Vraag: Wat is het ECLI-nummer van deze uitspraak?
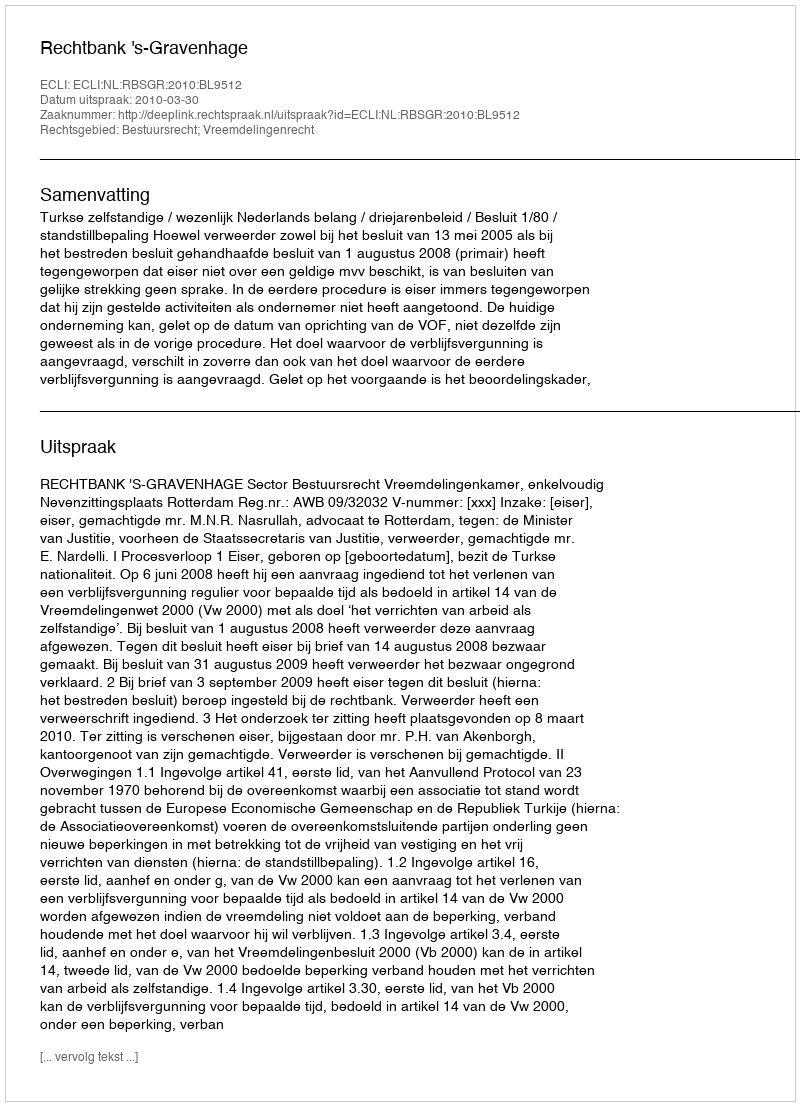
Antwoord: ECLI:NL:RBSGR:2010:BL9512